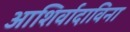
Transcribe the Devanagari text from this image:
आशिर्वादाविना